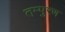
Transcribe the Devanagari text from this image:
तम्पुरण